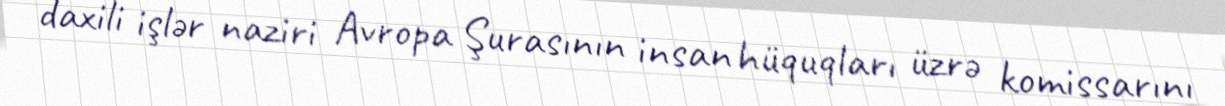
daxili işlər naziri Avropa Şurasının insan hüquqları üzrə komissarını